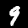
Digit: 9